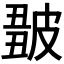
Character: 𤿿